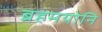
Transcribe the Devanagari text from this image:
ब्रहमयोनि